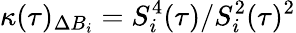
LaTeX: \kappa(\tau)_{\Delta B_{i}}=S_{i}^{4}(\tau)/S_{i}^{2}(\tau)^{2}